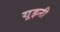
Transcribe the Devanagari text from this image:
यूझ्नी